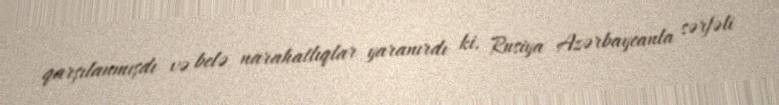
qarşılanmışdı və belə narahatlıqlar yaranırdı ki, Rusiya Azərbaycanla sərfəli